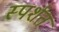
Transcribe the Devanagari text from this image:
स्पर्शत